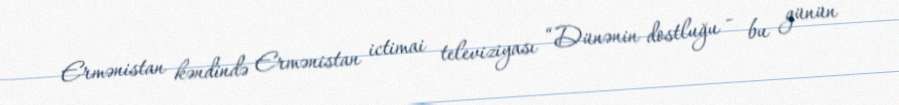
Ermənistan kəndində Ermənistan ictimai televiziyası “Dünənin dostluğu - bu günün